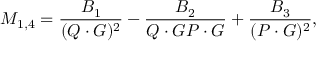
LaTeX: { \cal M } _ { 1 , 4 } = { \frac { { \cal B } _ { 1 } } { ( Q \cdot G ) ^ { 2 } } } - { \frac { { \cal B } _ { 2 } } { Q \cdot G P \cdot G } } + { \frac { { \cal B } _ { 3 } } { ( P \cdot G ) ^ { 2 } } } ,